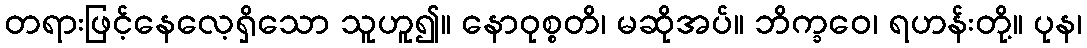
တရားဖြင့်နေလေ့ရှိသော သူဟူ၍။ နောဝုစ္စတိ၊ မဆိုအပ်။ ဘိက္ခဝေ၊ ရဟန်းတို့။ ပုန၊